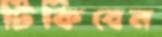
টিকিবেন